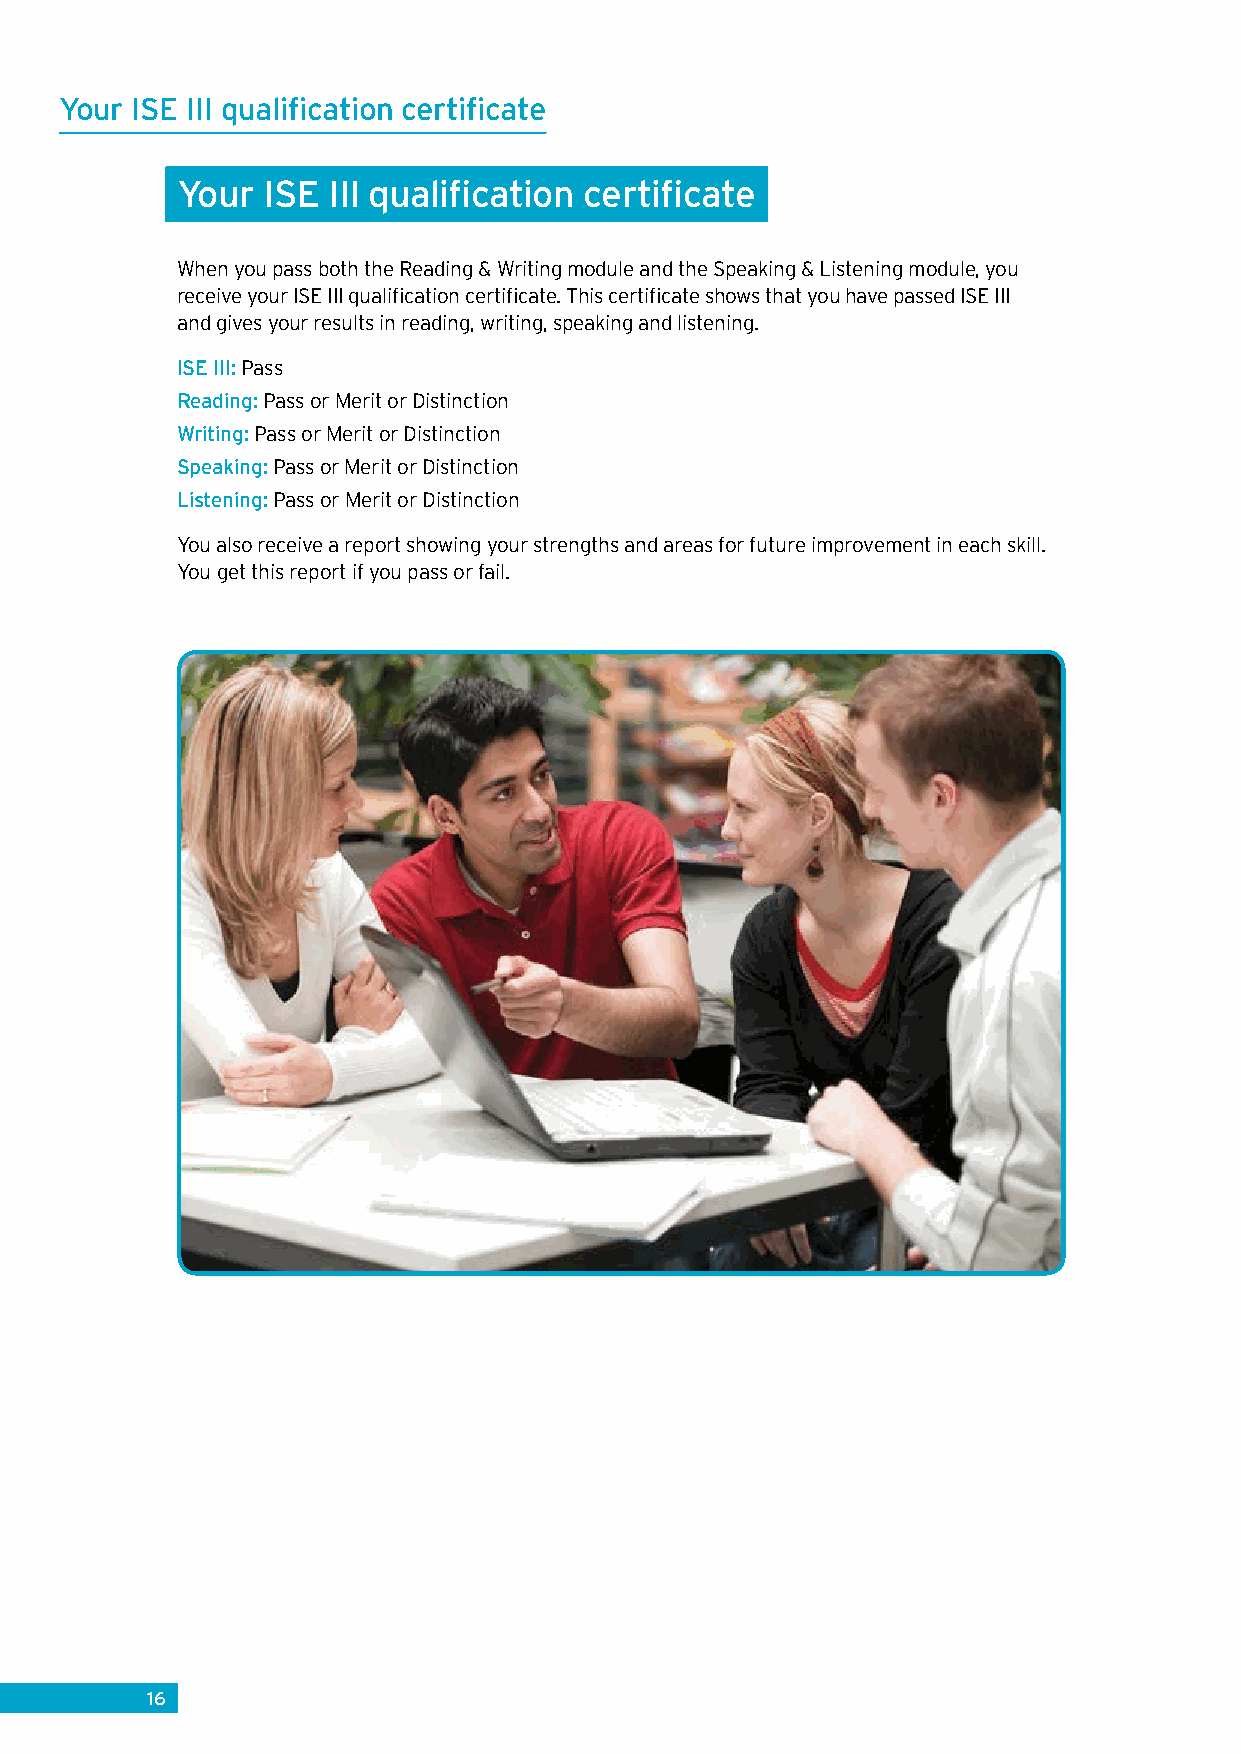
Your ISE III qualification certificate
 Your ISE  III qualification certificate
 When you pass both the Reading & Writing module and the Speaking & Listening module, you
 receive your ISE III qualification certificate. This certificate shows that you have passed ISE III
 and gives your results in reading, writing, speaking and listening.
 ISE III: Pass
 Reading: Pass or Merit or Distinction
 Writing: Pass or Merit or Distinction
 Speaking: Pass or Merit or Distinction
 Listening: Pass or Merit or Distinction
 You also receive a report showing your strengths and areas for future improvement in each skill.
 You get this report if you pass or fail.
 16